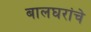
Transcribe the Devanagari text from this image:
बालघरांचे